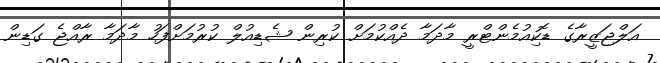
އަލްޖަޒީރާގެ ޑޮކިއުމެންޓްރީ މާދަމާ ދެއްކުމަށް ކުރިން ޝެޑިއުލް ކުރުމަށްފަހު މާދަމާ ރާއްޖެ ގަޑިން